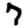
Digit: 7